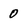
Character: 0